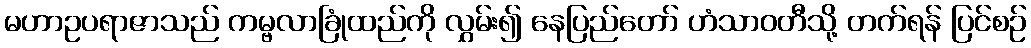
မဟာဥပရာဇာသည် ကမ္ဗလာခြုံထည်ကို လွှမ်း၍ နေပြည်တော် ဟံသာဝတီသို့ တက်ရန် ပြင်စဉ်